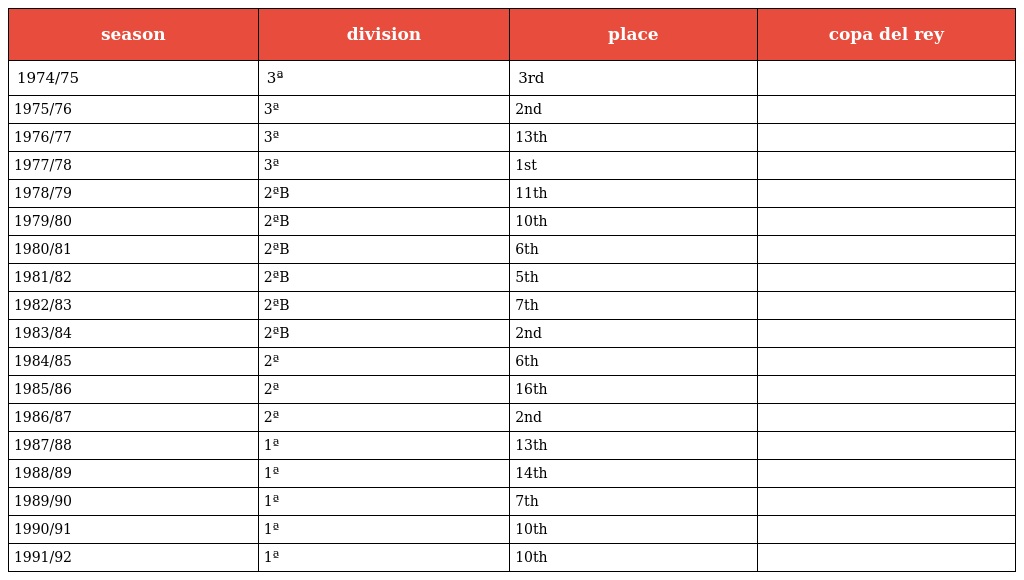
| season | division | place | copa del rey |
 | --- | --- | --- | --- |
 | 1974/75 | 3ª | 3rd |  |
 | 1975/76 | 3ª | 2nd |  |
 | 1976/77 | 3ª | 13th |  |
 | 1977/78 | 3ª | 1st |  |
 | 1978/79 | 2ªB | 11th |  |
 | 1979/80 | 2ªB | 10th |  |
 | 1980/81 | 2ªB | 6th |  |
 | 1981/82 | 2ªB | 5th |  |
 | 1982/83 | 2ªB | 7th |  |
 | 1983/84 | 2ªB | 2nd |  |
 | 1984/85 | 2ª | 6th |  |
 | 1985/86 | 2ª | 16th |  |
 | 1986/87 | 2ª | 2nd |  |
 | 1987/88 | 1ª | 13th |  |
 | 1988/89 | 1ª | 14th |  |
 | 1989/90 | 1ª | 7th |  |
 | 1990/91 | 1ª | 10th |  |
 | 1991/92 | 1ª | 10th |  |